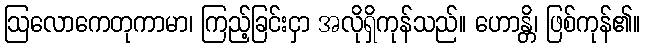
ဩလောကေတုကာမာ၊ ကြည့်ခြင်းငှာ အလိုရှိကုန်သည်။ ဟောန္တိ၊ ဖြစ်ကုန်၏။